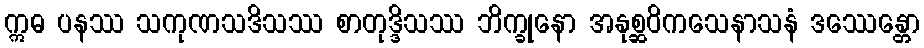
ဣဓ ပနဿ သကုဏသဒိသဿ စာတုဒ္ဒိသဿ ဘိက္ခုနော အနုစ္ဆဝိကသေနာသနံ ဒဿေန္တော